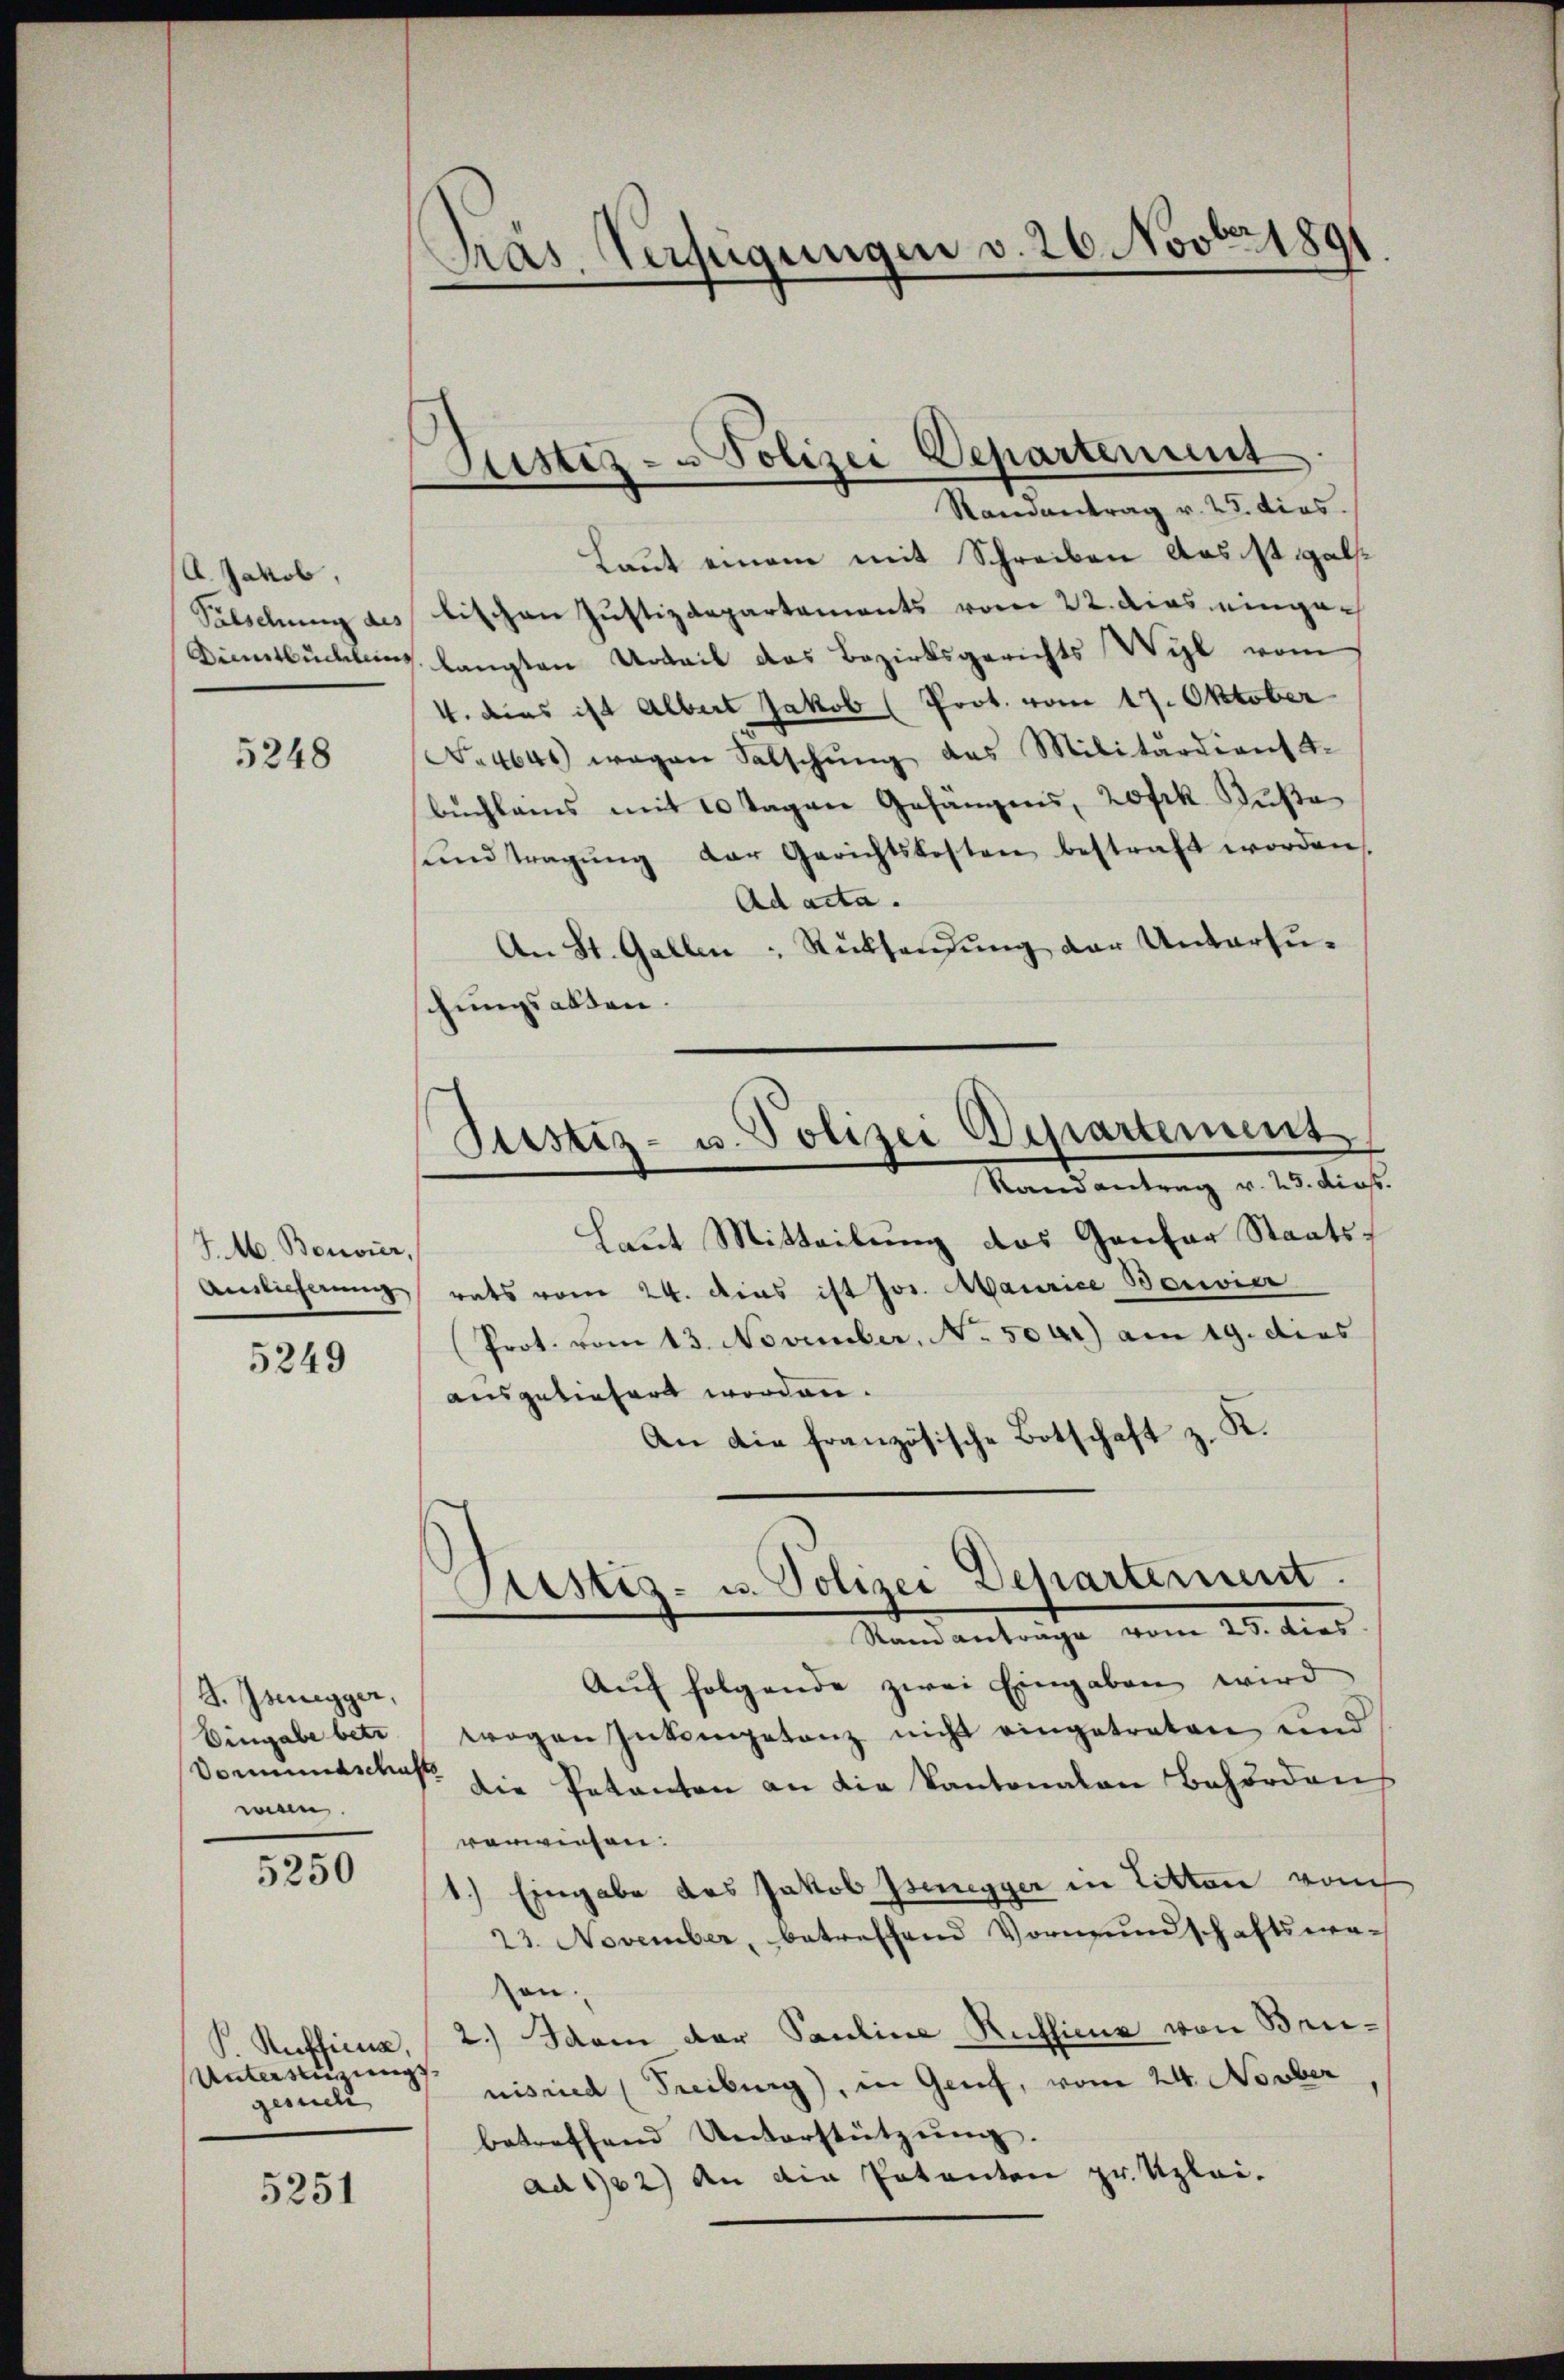
U. Jakob,
Falschung des
Dinnsuchung

5248

JM. Bouvier,
Amlicherung

5249

J. Isenegger,
Eingabe betr.
wan.

5250

Unterstüzungs-
gesuch

5251

Präs. Verfügungen v. 26. Novber 1891

Justiz- u Polizei Departement
Randantrag v. 25. dies.

Laut einem mit Schreiben aus ist alstischen Justizdepartements vom 22. dies eingelangten Urteil das Bezirksgerichts Wyl vom
4. dies ist Albert Jakob (Prot. vom 17. Oktober
No 4640 wegen Salschŭng das Militärdiente.
bŭchlams mit 10 Tagen Gefängens, 20 Frk. Buße
sund tragŭng der Gerichtskosten bestraft worden,
Ad acta.
An St. Gallen - Rücksendung der Untersuhungsakten.
Laut Mitteilung des Gantor Staatsrats vom 24. dies ist Jos. Maurice Bouvier
Prot. vom 13. November, No. 500) am 19. dies
ausgeliefert worden.
An die französische Botschaft z. K.
Sistiz- u. Polizei Departement.
Randanträge vom 25. dies
Aŭf folgende zwei Eingaben wird
wogen Intengetanz nicht eingetreten und
Vormundschaft die Patanten an die Kantonalen Behörden
verwiesen.
1.) Eingabe des Jakob Isenegger in Litten von
23. November, betreffend Vormundschaftswean
PRuklina, (2.) Sei der Pauline Ruhsime von Brunisried (Freiburg), in Genf, vom 24. Novber
betreffend Unterstützung.
ad 102) An die Patenten pr. Uzlei-

Itistiz- u. Polizei Departement
Randantrag v. 23. dies.